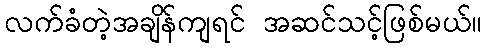
လက်ခံတဲ့အချိန်ကျရင် အဆင်သင့်ဖြစ်မယ်။